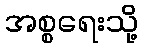
အစ္စရေးသို့